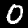
Label: 0